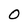
Character: O